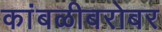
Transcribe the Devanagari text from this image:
कांबळीबरोबर